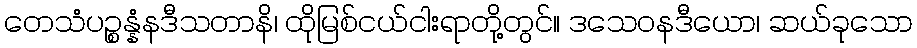
တေသံပဉ္စန္နံနဒီသတာနိ၊ ထိုမြစ်ငယ်ငါးရာတို့တွင်။ ဒသေဝနဒီယော၊ ဆယ်ခုသော